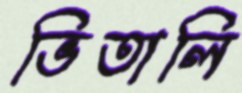
ভিতালি